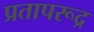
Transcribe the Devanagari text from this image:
प्रतापरूद्र